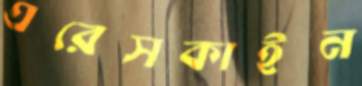
এরেসকাইন